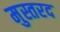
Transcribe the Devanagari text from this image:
मुस्तरद